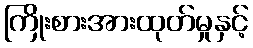
ကြိုးစားအားထုတ်မှုနှင့်